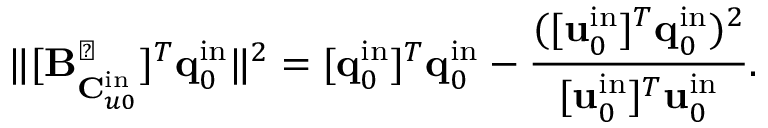
\| [ \mathbf { B } _ { \mathbf { C } _ { u 0 } ^ { \mathrm { i n } } } ^ { \perp } ] ^ { T } \mathbf { q } _ { 0 } ^ { \mathrm { i n } } \| ^ { 2 } = [ \mathbf { q } _ { 0 } ^ { \mathrm { i n } } ] ^ { T } \mathbf { q } _ { 0 } ^ { \mathrm { i n } } - \frac { ( [ \mathbf { u } _ { 0 } ^ { \mathrm { i n } } ] ^ { T } \mathbf { q } _ { 0 } ^ { \mathrm { i n } } ) ^ { 2 } } { [ \mathbf { u } _ { 0 } ^ { \mathrm { i n } } ] ^ { T } \mathbf { u } _ { 0 } ^ { \mathrm { i n } } } .